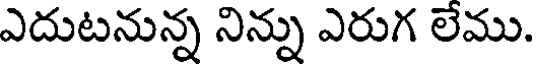
ఎదుటనున్న నిన్ను ఎరుగ లేము.